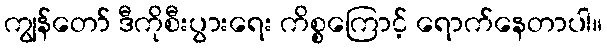
ကျွန်တော် ဒီကိုစီးပွားရေး ကိစ္စကြောင့် ရောက်နေတာပါ။